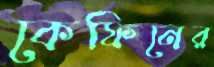
কেফিনের